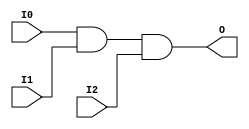
// $Header: /devl/xcs/repo/env/Databases/CAEInterfaces/verunilibs/s/AND3.v,v 1.8 2003/01/21 01:55:22 wloo Exp $

/*

FUNCTION	: 3-INPUT AND GATE

*/

`timescale  100 ps / 10 ps


module AND3 (O, I0, I1, I2);

    output O;

    input  I0, I1, I2;

    and A1 (O, I0, I1, I2);

    specify
	(I0 *> O) = (0, 0);
	(I1 *> O) = (0, 0);
	(I2 *> O) = (0, 0);
    endspecify

endmodule